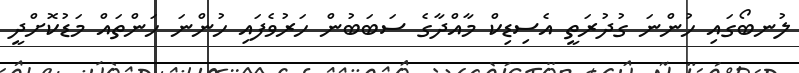
ލުނބޯގައި ހުންނަ ގުދުރަތީ އެސިޑިކް މާއްދާގެ ސަބަބުން ހަރުވެފައި ހުންނަ ހަންތައް މަޑުކޮށްދީ